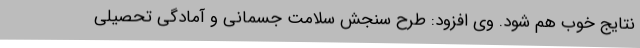
نتایج خوب هم شود. وی افزود: طرح سنجش سلامت جسمانی و آمادگی تحصیلی